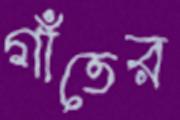
গাঁতের